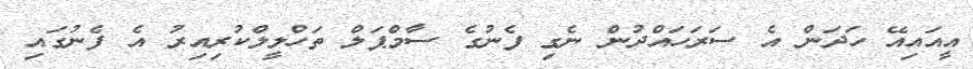
އީއައިއޭ ހަދަން އެ ސަރަހައްދުން ނެގި ފެނުގެ ސާމްޕަލް ތަހްލީލްކުރިއިރު އެ ފެނުގައި